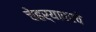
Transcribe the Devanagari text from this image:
चेहर्‍यावरचे